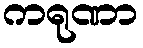
ကရုဏာ